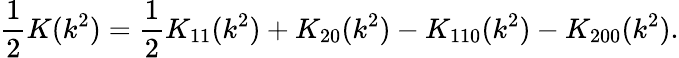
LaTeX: \frac{1}{2}K(k^{2})=\frac{1}{2}K_{11}(k^{2})+K_{20}(k^{2})-K_{110}(k^{2})-K_{200}(k^{2}).